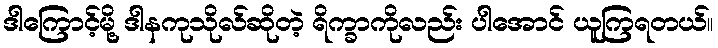
ဒါကြောင့်မို့ ဒါနကုသိုလ်ဆိုတဲ့ ရိက္ခာကိုလည်း ပါအောင် ယူကြရတယ်။